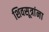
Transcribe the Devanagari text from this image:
शिवसूत्रांना